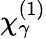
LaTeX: \chi_{\gamma}^{(1)}